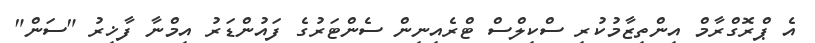
އެ ޕްރޮގްރާމް އިންތިޒާމުކުރި ސްކިލްސް ޓްރެއިނިން ސެންޓަރުގެ ފައުންޑަރު އިމްނާ ފާޚިރު "ސަން"